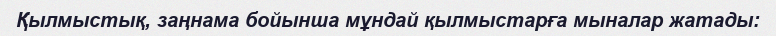
Қылмыстық, заңнама бойынша мұндай қылмыстарға мыналар жатады: